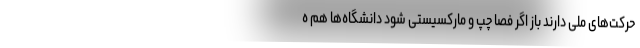
حرکت‌های ملی دارند باز اگر فصا چپ و مارکسیستی شود دانشگاه‌ها هم ه